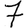
Digit: 7